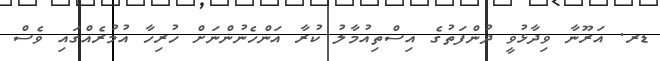
ޑރ. އަރޫނާ ވިދާޅުވީ ދުންފަތުގެ އިސްތިއުމާލު ކުރާ އަންހެނުންނަށް ހުރިހާ އުމުރެއްގައި ވެސް